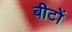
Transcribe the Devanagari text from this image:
बीटों